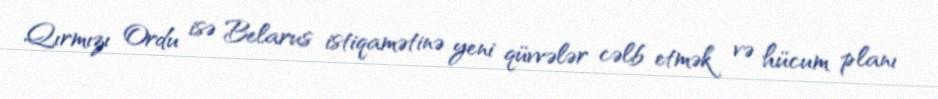
Qırmızı Ordu isə Belarus istiqamətinə yeni qüvvələr cəlb etmək və hücum planı